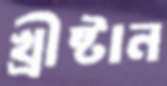
খ্রীষ্টান